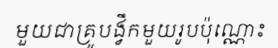
មួយជាគ្រូបង្វឹកមួយរូបប៉ុណ្ណោះ